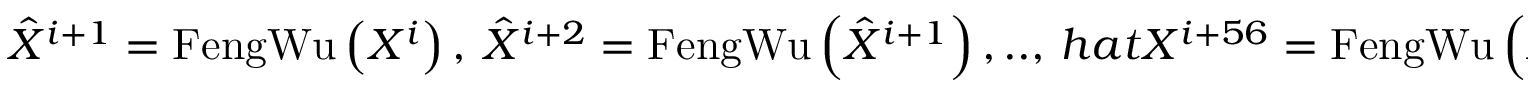
\hat { X } ^ { i + 1 } = \operatorname { F e n g W u } \left( X ^ { i } \right) , \ \hat { X } ^ { i + 2 } = \operatorname { F e n g W u } \left( \hat { X } ^ { i + 1 } \right) , \. . . , \, h a t { X } ^ { i + 5 6 } = \operatorname { F e n g W u } \left( \hat { X } ^ { i + 5 5 } \right)